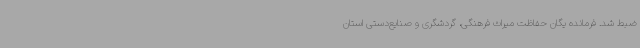
ضبط شد. فرمانده یگان حفاظت میراث فرهنگی، گردشگری و صنایع‌دستی استان